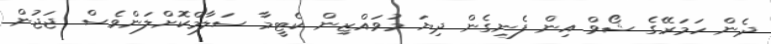
ދެން ހަމަރޭގެ ޝޯވް އިން ފެނިގެން ދިޔަ މުވައްޒިން ކެޓީމާ ސަލާމްކޮށްލަންވެސް ޖަޖުން